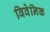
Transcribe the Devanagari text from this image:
विवेनिक